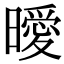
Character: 曖